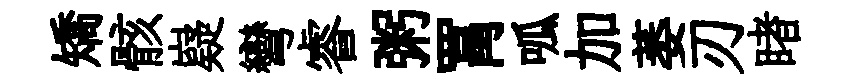
矯骸嶷彎睿粥罥呱加萎刃睹